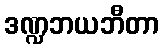
ဒဏ္ဍဘယဘီတာ